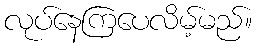
လုပ်နေကြပေလိမ့်မည်။